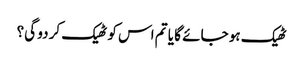
ٹھیک ہو جائے گا یا تم اس کو ٹھیک کر دو گی؟